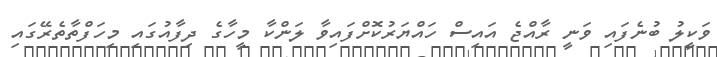
ވަކީލު ބުނެފައި ވަނީ ރާއްޖެ އައިސް ހައްޔަރުކޮށްފައިވާ ލަންކާ މީހާގެ ދިފާއުގައި މިހަފްތާތެރޭގައި